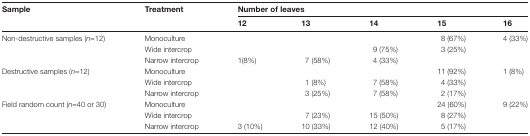
| <ROWSPAN=2> Sample | Treatment | <COLSPAN=5> Number of leaves |
 |  | 12 | 13 | 14 | 15 | 16 |
 | --- | --- | --- | --- | --- | --- | --- |
 | <ROWSPAN=3> Non-destructive samples (n=12) | Monoculture |  |  |  | 8 (67%) | 4 (33%) |
 | Wide intercrop |  |  | 9 (75%) | 3 (25%) |  |
 | Narrow intercrop | 1(8%) | 7 (58%) | 4 (33%) |  |  |
 | <ROWSPAN=3> Destructive samples (n=12) | Monoculture |  |  |  | 11 (92%) | 1 (8%) |
 | Wide intercrop |  | 1 (8%) | 7 (58%) | 4 (33%) |  |
 | Narrow intercrop |  | 3 (25%) | 7 (58%) | 2 (17%) |  |
 | <ROWSPAN=3> Field random count (n=40 or 30) | Monoculture |  |  |  | 24 (60%) | 9 (22%) |
 | Wide intercrop |  | 7 (23%) | 15 (50%) | 8 (27%) |  |
 | Narrow intercrop | 3 (10%) | 10 (33%) | 12 (40%) | 5 (17%) |  |